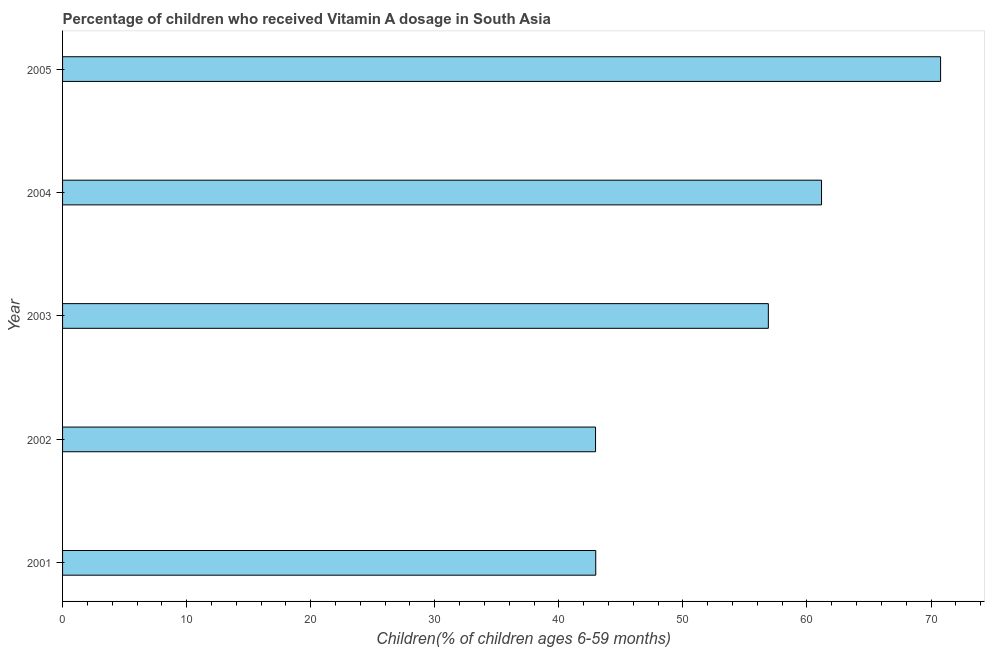
| Year | Vitamin A supplementation coverage rate  |
 | --- | --- |
 | 2001 | 43 |
 | 2002 | 43 |
 | 2003 | 56.9 |
 | 2004 | 61.2 |
 | 2005 | 70.8 |